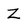
Character: Z